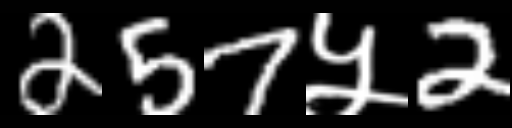
Text: 257५2